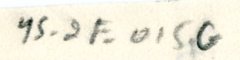
YS_2F_015G